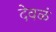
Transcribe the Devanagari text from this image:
देवळं